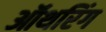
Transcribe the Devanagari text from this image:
ऑथरिंग